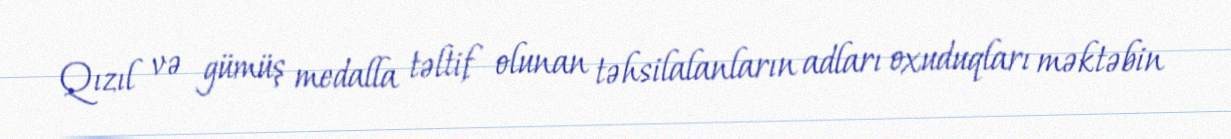
Qızıl və gümüş medalla təltif olunan təhsilalanların adları oxuduqları məktəbin